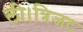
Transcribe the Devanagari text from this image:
ली।त्रिजट